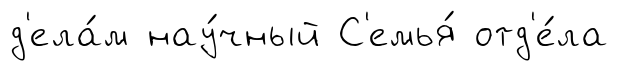
д'ела́м нау́чный С'емья́ отд'е́ла